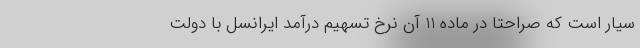
سیار است که صراحتاً در ماده 11 آن نرخ تسهیم درآمد ایرانسل با دولت